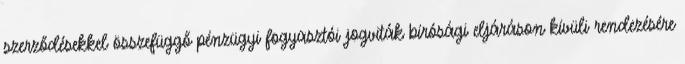
szerződésekkel összefüggő pénzügyi fogyasztói jogviták bírósági eljáráson kívüli rendezésére